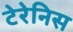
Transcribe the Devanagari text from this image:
टेरेनिस